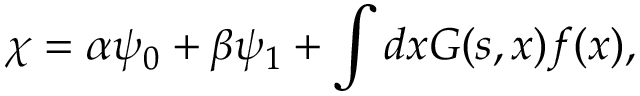
\chi = \alpha \psi _ { 0 } + \beta \psi _ { 1 } + \int d x G ( s , x ) f ( x ) ,